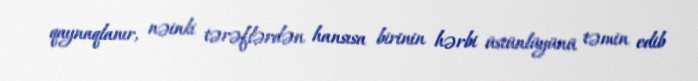
qaynaqlanır, nəinki tərəflərdən hansısa birinin hərbi üstünlüyünü təmin edib